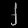
Digit: ၂